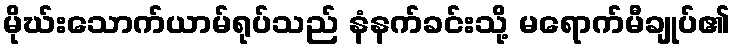
မိုဃ်းသောက်ယာမ်ရုပ်သည် နံနက်ခင်းသို့ မရောက်မီချုပ်၏